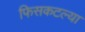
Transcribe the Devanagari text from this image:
फिसकटल्या